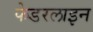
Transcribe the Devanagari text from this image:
फेडरलाइन